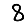
Digit: 8